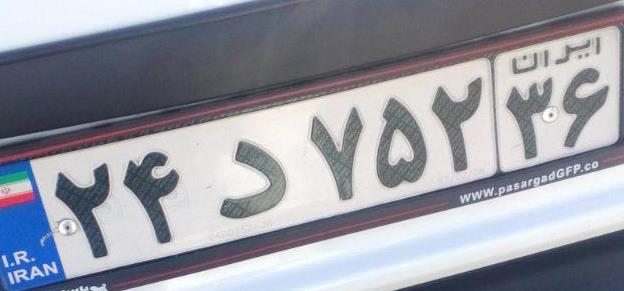
۲۴د۷۵۲۳۶